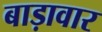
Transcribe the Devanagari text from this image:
बाड़ावार